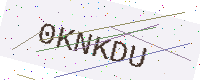
Text: 0KNKDU